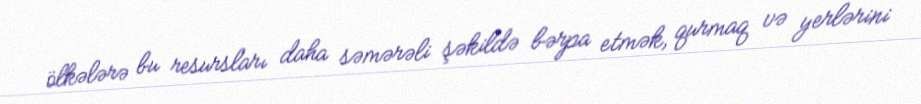
ölkələrə bu resursları daha səmərəli şəkildə bərpa etmək, qurmaq və yerlərini